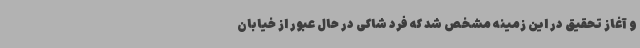
و آغاز تحقیق در این زمینه مشخص شد که فرد شاکی در حال عبور از خیابان